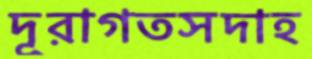
দূরাগতসদাহ